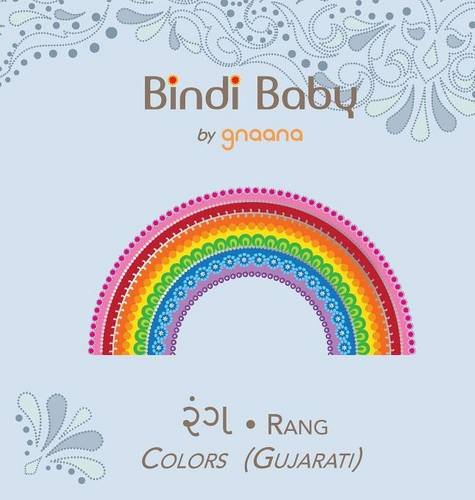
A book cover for Bindi Baby Colors (Gujarati): A Colorful Book for Gujarati Kids (Gujarati Edition); Aruna K. Hatti; Travel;